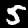
Label: 5